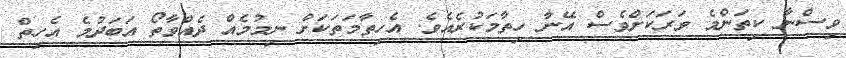
ވިސްނާ ކިތަންމެ ވަރަކަށްވެސް އޭނާ ހިތާމަކުރެއެވެ. އެހިތާމަތަކަށް ނިމުމެއް ދެއްވާތޯ އަބަދުމެ އެހިތް